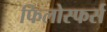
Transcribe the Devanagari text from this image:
फिलोस्फर्स